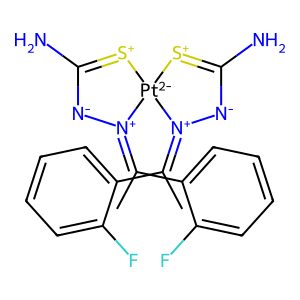
SMILES: CC(c1ccccc1F)=[N+]1[N-]C(N)=[S+][Pt-2]12[S+]=C(N)[N-][N+]2=C(C)c1ccccc1F
Inhibits HIV replication: No